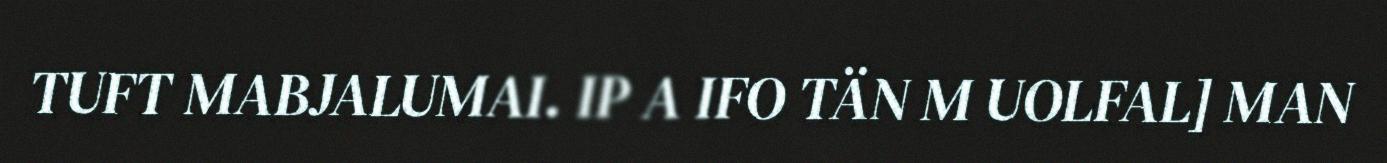
TUFT MABJALUMAI. IP A IFO TÄN M UOLFAL] MAN